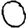
Digit: 0